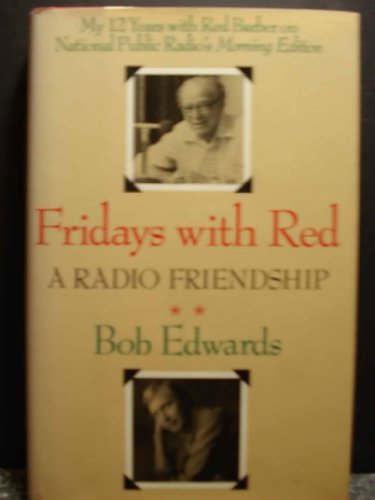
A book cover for Fridays with Red:  A Radio Friendship; Bob Edwards; Sports & Outdoors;